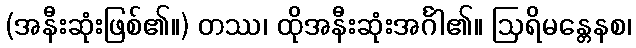
(အနီးဆုံးဖြစ်၏။) တဿ၊ ထိုအနီးဆုံးအင်္ဂါ၏။ ဩရိမန္တေနစ၊